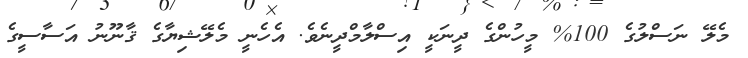
މެލޭ ނަސްލުގެ 100% މީހުންގެ ދީނަކީ އިސްލާމްދީނެވެ. އެހެނީ މެލޭޝިޔާގެ ޤާނޫނު އަސާސީގެ